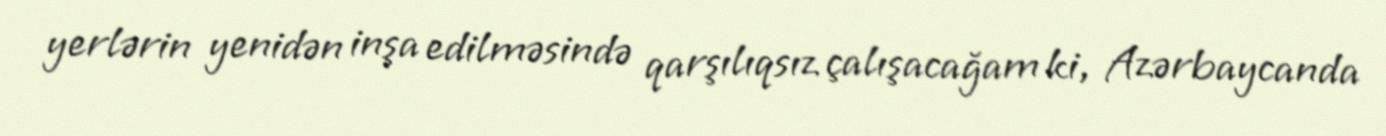
yerlərin yenidən inşa edilməsində qarşılıqsız çalışacağam ki, Azərbaycanda